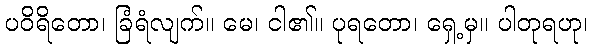
ပဝိရိတော၊ ခြံရံလျက်။ မေ၊ ငါ၏။ ပုရတော၊ ရှေ့မှ။ ပါတုရဟု၊